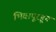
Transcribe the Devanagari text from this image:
भिवापूरहून